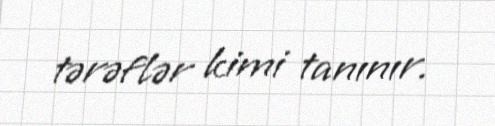
tərəflər kimi tanınır.